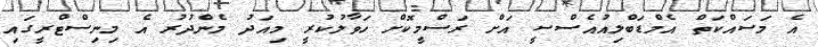
އެ މަސައްކަތް އެމްޑަބްލިއުއެސްސީ އަށް ރަސްމީކޮށް ހަވާލުކުރީ މިއަދު މެންދުރު އެ މިނިސްޓްރީގައި